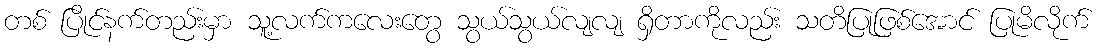
တစ် ပြိုင်နက်တည်းမှာ သူ့လက်ကလေးတွေ သွယ်သွယ်လျလျ ရှိတာကိုလည်း သတိပြုဖြစ်အောင် ပြုမိလိုက်